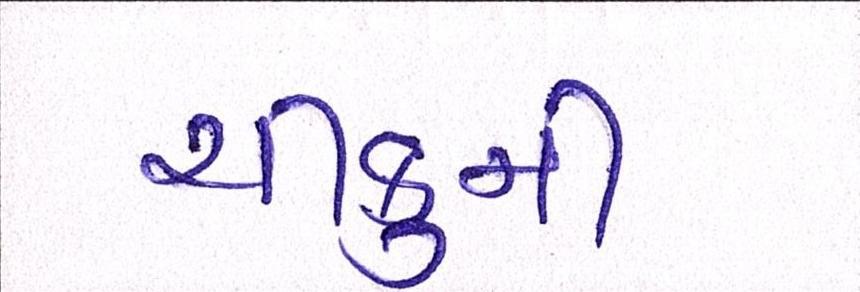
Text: ચીકુની